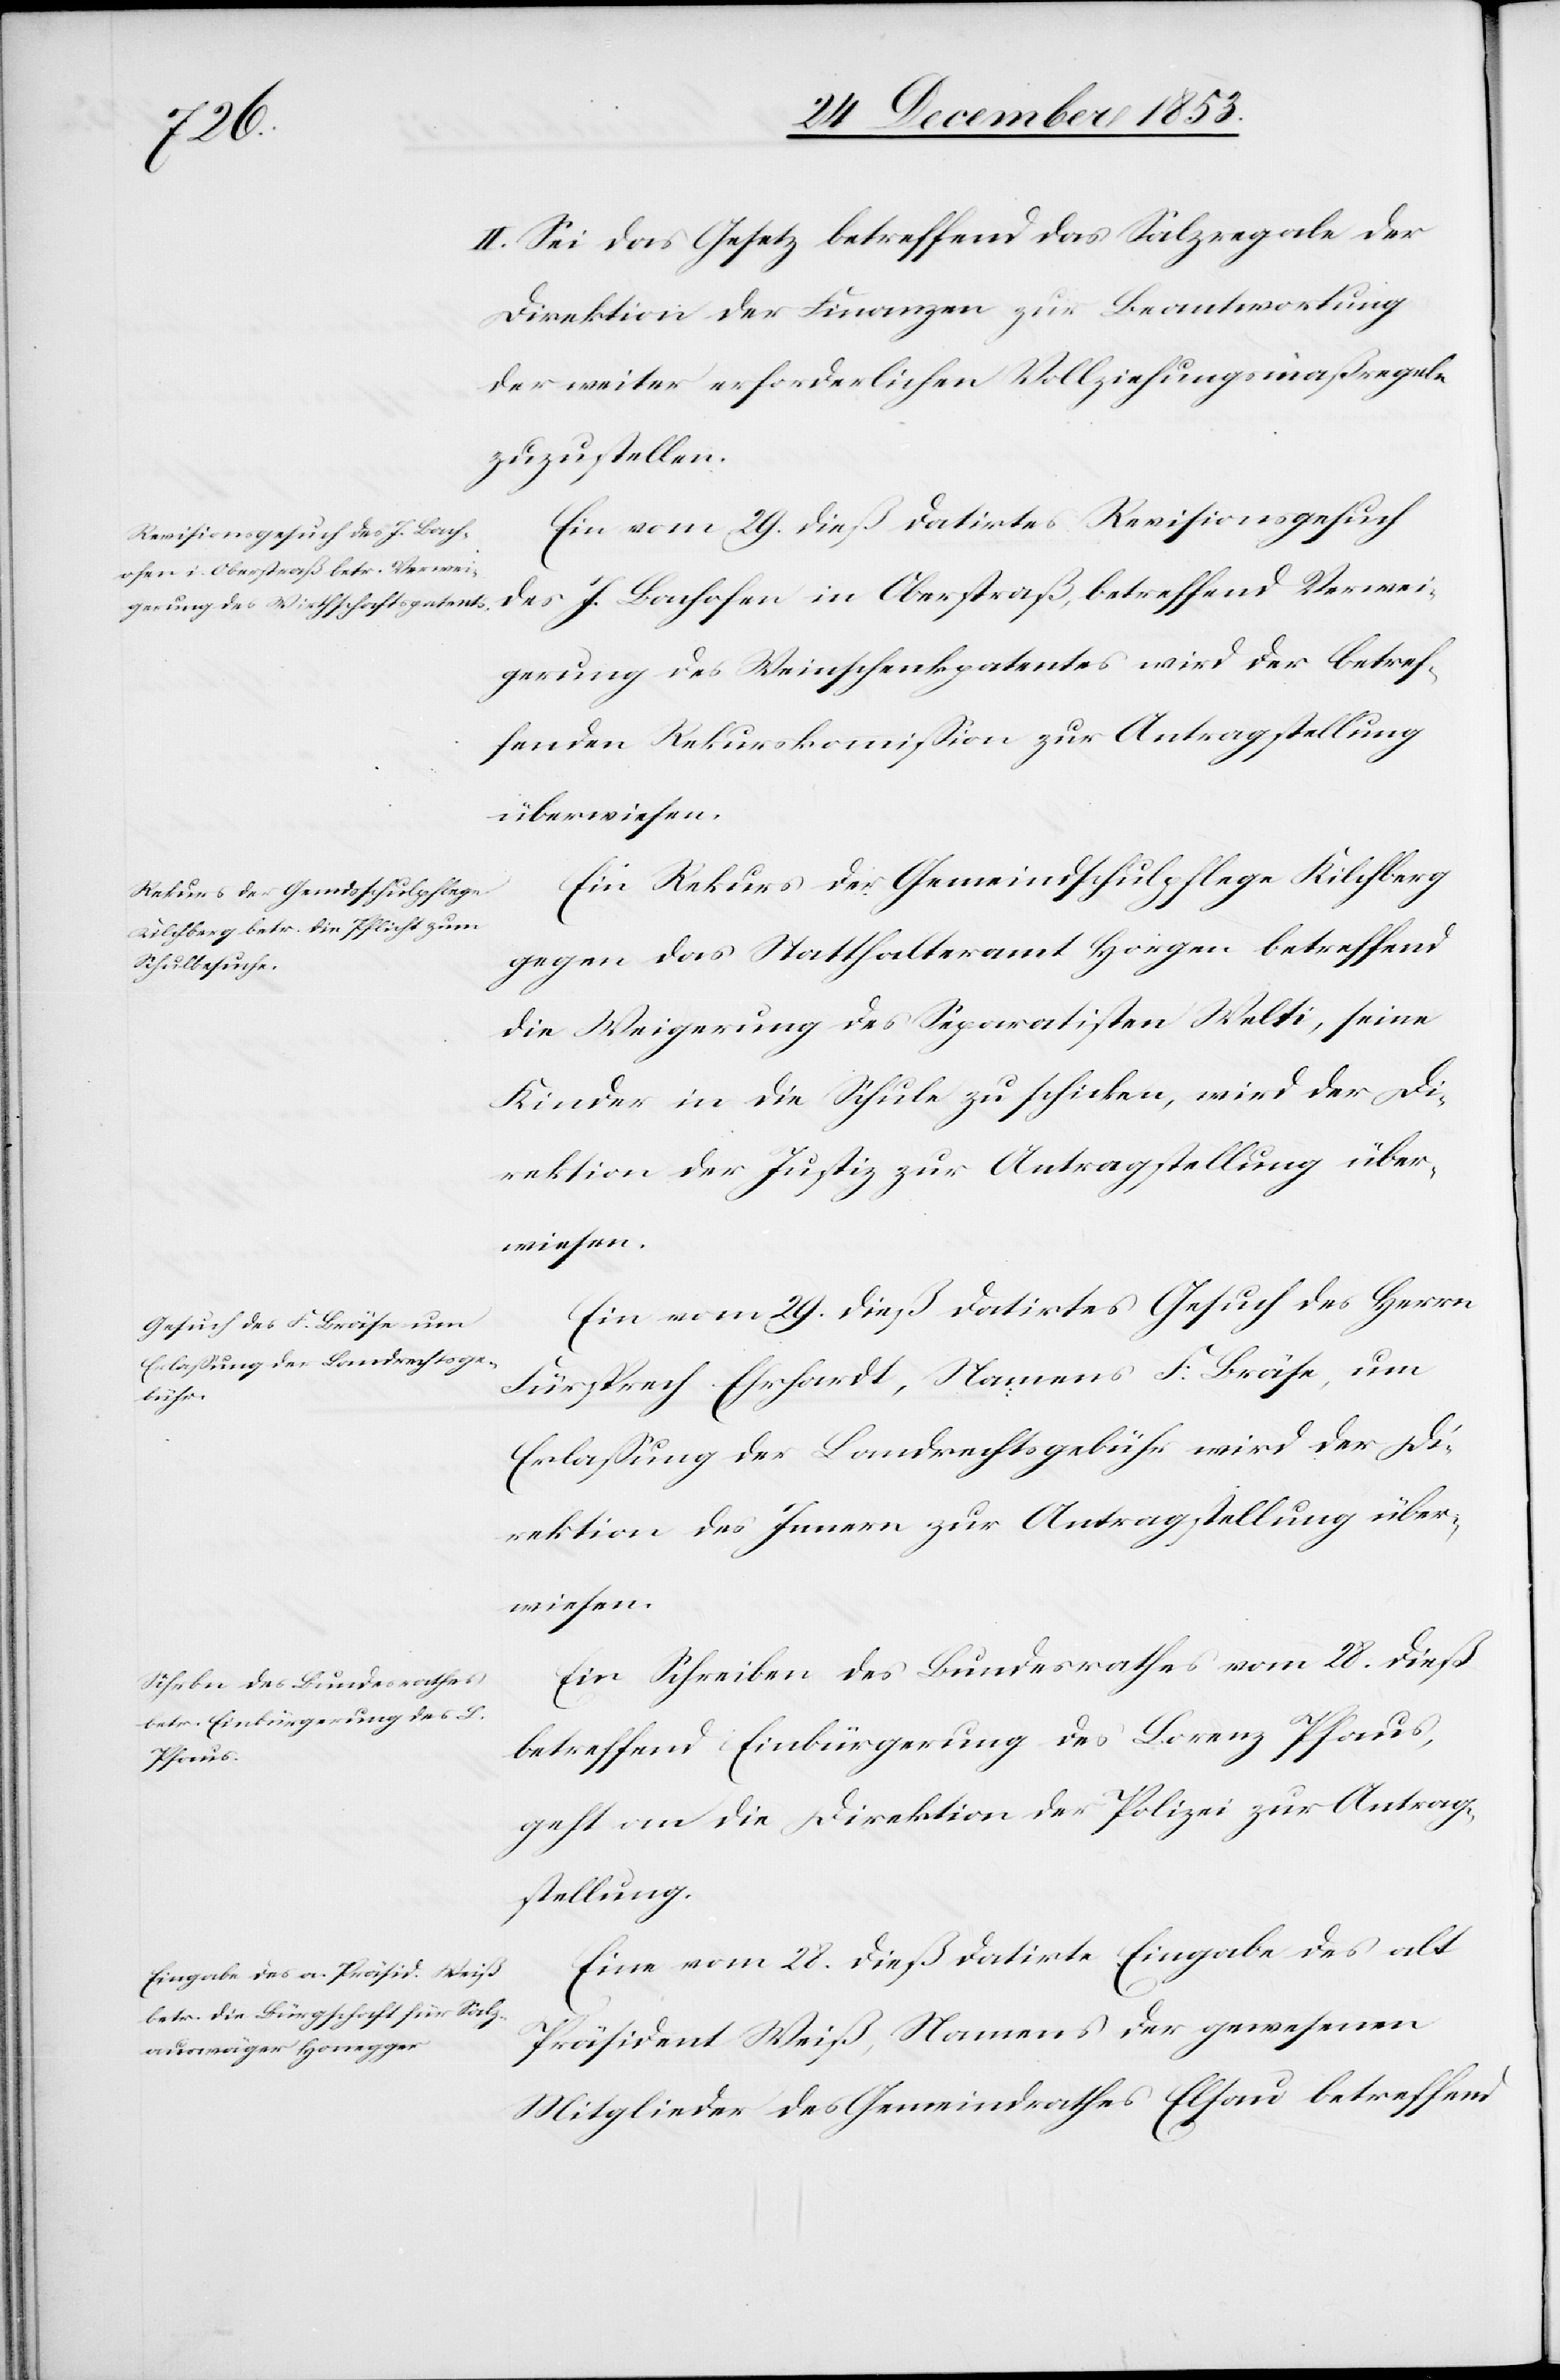
31. December 1853.]
II. Sei das Gesetz betreffend Salzregale der
Direktion der Finanzen zur Beantwortung
der weiter erforderlichen Vollziehungsmaßregeln
zuzustellen.
Ein vom 29 dieß datirtes Revisionsgesuch
des J. Bachofen in Oberstraß betreffend Verwei¬
gerung des Weinschenkpatentes wird der betref¬
fenden Rekurskommißion zur Antragstellung
überwiesen.
Ein Rekurs der Gemeindsschulpflege Kilchberg
gegen das Statthalteramt Horgen betreffend
die Weigerung des Separatisten Welti, seine
Kinder in die Schule zu schicken, wird der Di¬
rektion der Justiz zur Antragstellung über¬
wiesen.
Ein vom 29 dieß datirtes Gesuch des Herrn
Fürsprech Ehrhardt, Namens F. Bräse, um
Erlaßung der Landrechtsgebühr wird der Di¬
rektion des Innern zur Antragstellung über¬
wiesen.
Ein Schreiben des Bundesrathes vom 28 dieß
betreffend Einbürgerung des Lorenz Pfaus,
geht an die Direktion der Polizei zur Antrag¬
stellung.
Eine vom 28 dieß datirte Eingabe des alt
Präsident Weiß, Namens der gewesenen
Mitglieder des Gemeindrathes Elsau betreffend